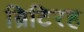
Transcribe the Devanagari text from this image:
ब्रिटिरह